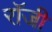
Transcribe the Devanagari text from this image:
राॅजी